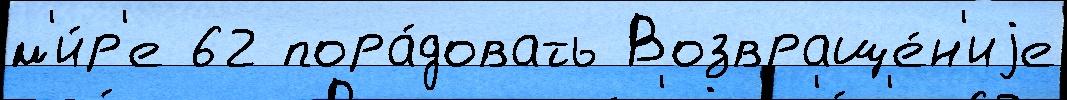
м'и́р'е 62 пора́довать Возвраще́н'иjе